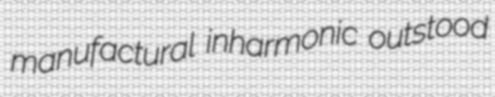
manufactural inharmonic outstood